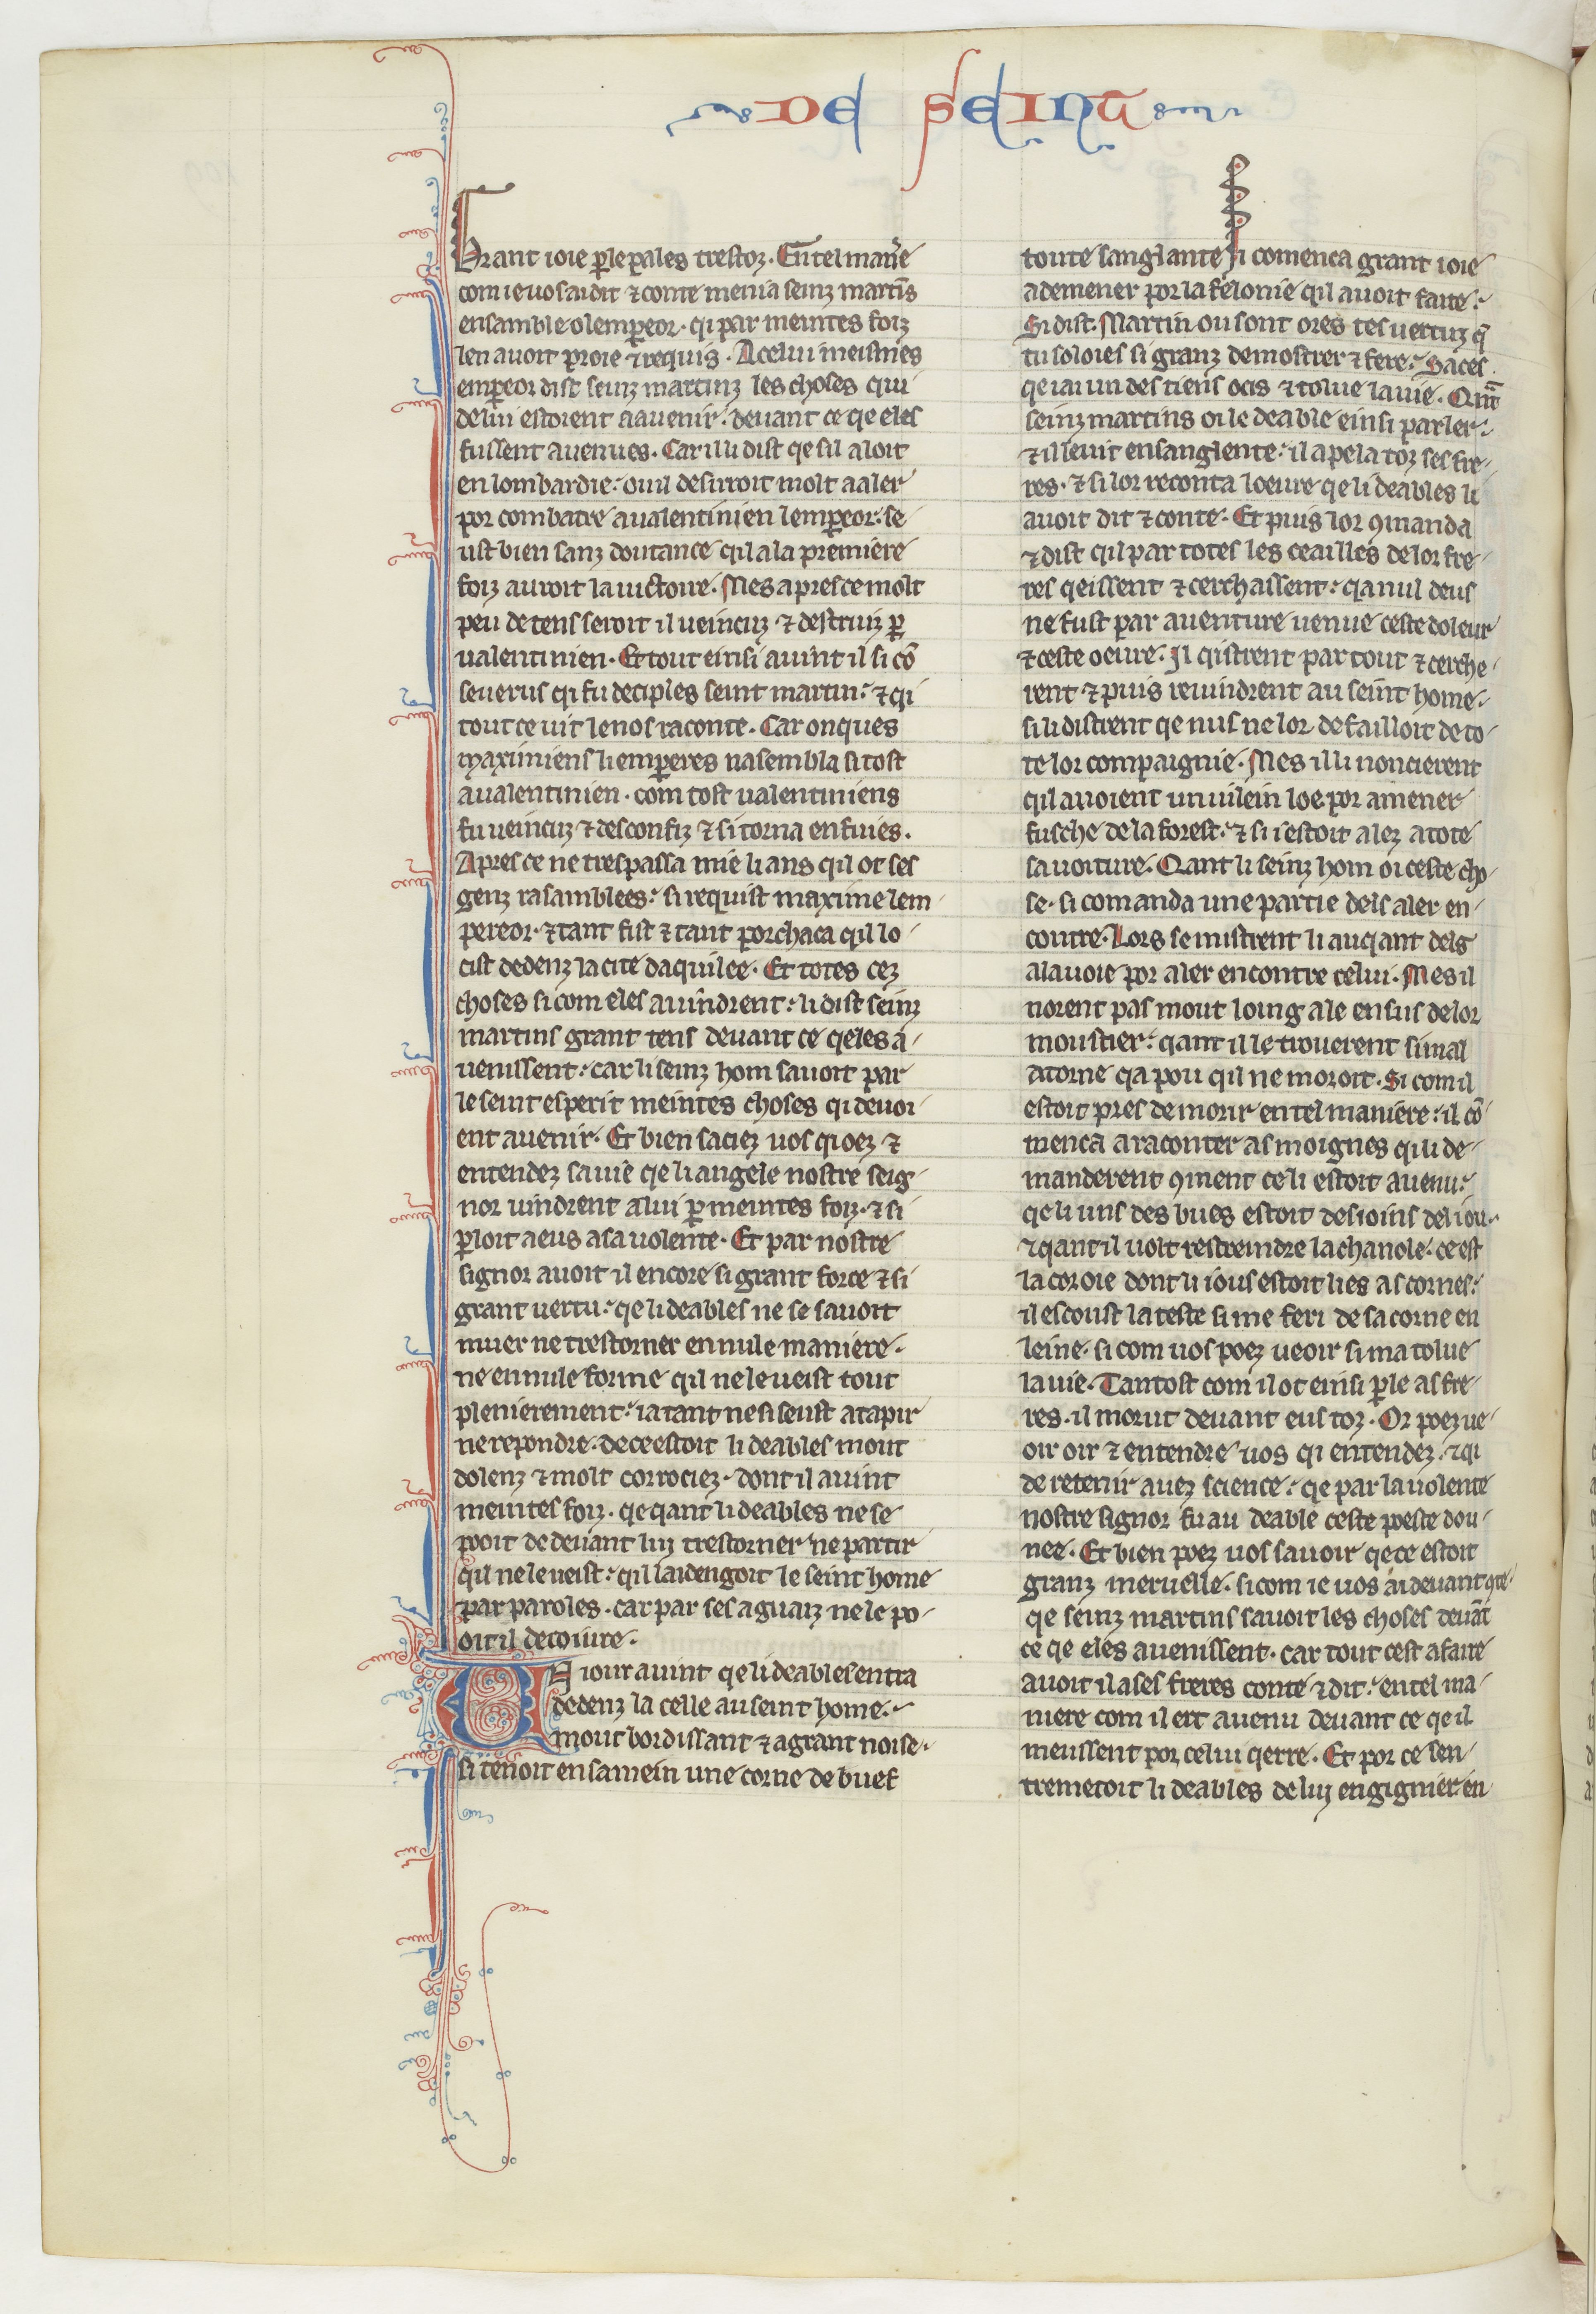
Shelfmark: Paris, BnF, fr. 412
Century: 13